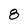
Character: 8